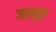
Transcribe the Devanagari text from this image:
जरथुष्ट